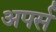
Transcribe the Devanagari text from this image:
अपर्स